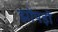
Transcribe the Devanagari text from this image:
झोंपड़ों